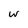
Character: w